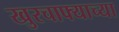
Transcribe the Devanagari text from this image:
खुरचाफ्याच्या